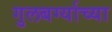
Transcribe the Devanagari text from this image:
गुलबर्ग्याच्या